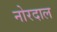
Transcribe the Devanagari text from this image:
नोरदाल